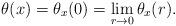
LaTeX: \begin{align*} \theta(x) = \theta_x(0) = \lim_{r \to 0} \theta_x(r).\end{align*}